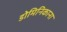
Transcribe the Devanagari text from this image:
डोमिनिकाना